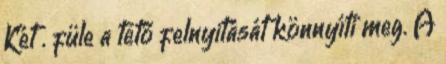
Két . füle a tető felnyitását könnyíti meg. A